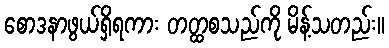
စောဒနာဖွယ်ရှိရကား တတ္ထစသည်ကို မိန့်သတည်း။